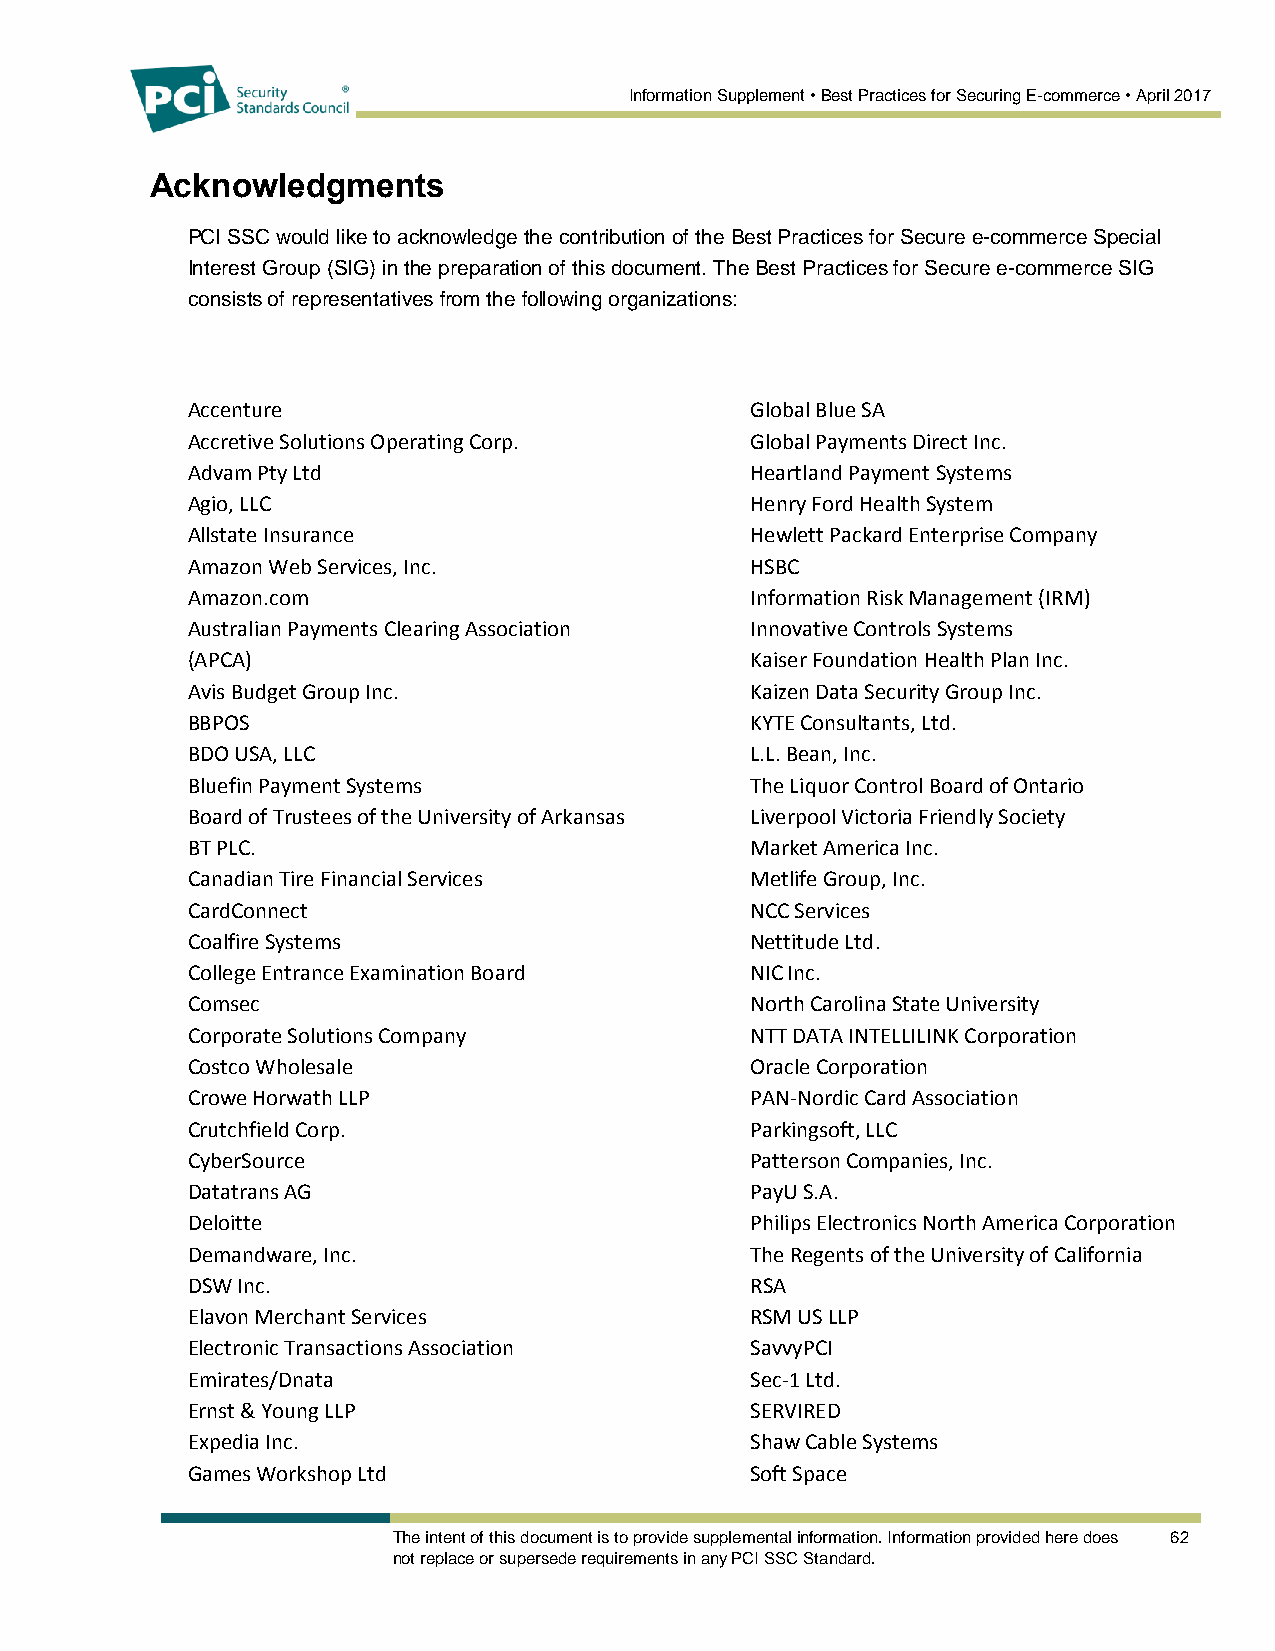
Information Supplement • Best Practices for Securing E-commerce • April 2017
 Acknowledgments
 PCI SSC would like to acknowledge the contribution of the Best Practices for Secure e-commerce Special
 Interest Group (SIG) in the preparation of this document. The Best Practices for Secure e-commerce SIG
 consists of representatives from the following organizations:
 Accenture                             Global Blue SA
 Accretive Solutions Operating Corp.   Global Payments Direct Inc.
 Advam Pty Ltd                         Heartland Payment Systems
 Agio, LLC                             Henry Ford Health System
 Allstate Insurance                    Hewlett Packard Enterprise Company
 Amazon Web Services, Inc.             HSBC
 Amazon.com                            Information Risk Management (IRM)
 Australian Payments Clearing Association Innovative Controls Systems
 (APCA)                                Kaiser Foundation Health Plan Inc.
 Avis Budget Group Inc.                Kaizen Data Security Group Inc.
 BBPOS                                 KYTE Consultants, Ltd.
 BDO USA, LLC                          L.L. Bean, Inc.
 Bluefin Payment Systems               The Liquor Control Board of Ontario
 Board of Trustees of the University of Arkansas Liverpool Victoria Friendly Society
 BT PLC.                               Market America Inc.
 Canadian Tire Financial Services      Metlife Group, Inc.
 CardConnect                           NCC Services
 Coalfire Systems                      Nettitude Ltd.
 College Entrance Examination Board    NIC Inc.
 Comsec                                North Carolina State University
 Corporate Solutions Company           NTT DATA INTELLILINK Corporation
 Costco Wholesale                      Oracle Corporation
 Crowe Horwath LLP                     PAN-Nordic Card Association
 Crutchfield Corp.                     Parkingsoft, LLC
 CyberSource                           Patterson Companies, Inc.
 Datatrans AG                          PayU S.A.
 Deloitte                              Philips Electronics North America Corporation
 Demandware, Inc.                      The Regents of the University of California
 DSW Inc.                              RSA
 Elavon Merchant Services              RSM US LLP
 Electronic Transactions Association   SavvyPCI
 Emirates/Dnata                        Sec-1 Ltd.
 Ernst & Young LLP                     SERVIRED
 Expedia Inc.                          Shaw Cable Systems
 Games Workshop Ltd                    Soft Space
 The intent of this document is to provide supplemental information. Information provided here does 62
 not replace or supersede requirements in any PCI SSC Standard.